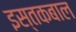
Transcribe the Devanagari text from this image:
इस्तकबाल